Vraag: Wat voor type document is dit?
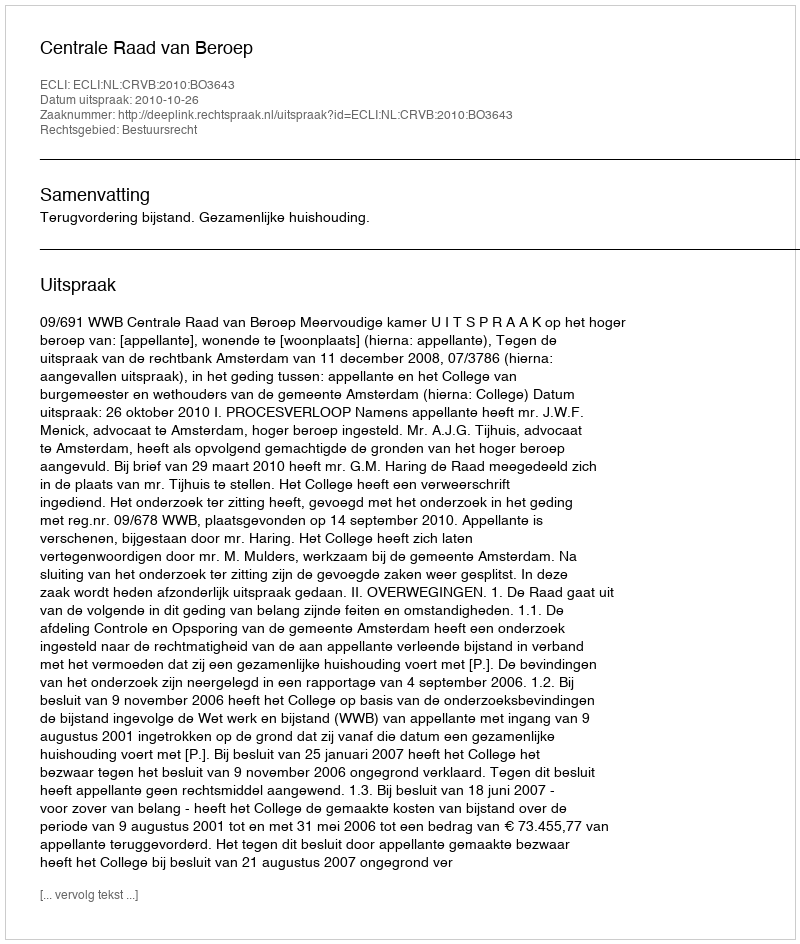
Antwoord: Uitspraak